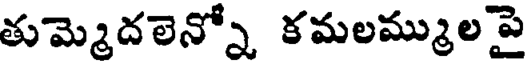
తుమ్మెదలెన్నో కమలమ్ములపై